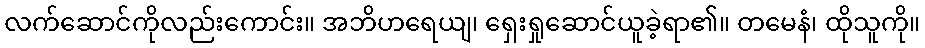
လက်ဆောင်ကိုလည်းကောင်း။ အဘိဟရေယျ၊ ရှေးရှုဆောင်ယူခဲ့ရာ၏။ တမေနံ၊ ထိုသူကို။